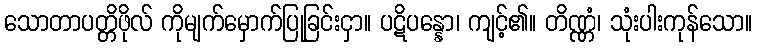
သောတာပတ္တိဖိုလ် ကိုမျက်မှောက်ပြုခြင်းငှာ။ ပဋိပန္နော၊ ကျင့်၏။ တိဏ္ဏံ၊ သုံးပါးကုန်သော။